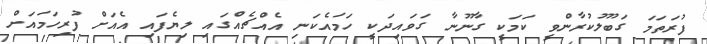
ފުރަތަމަ ގަބޫލުކުރާންވީ ކަމަކީ ގާނޫނާ ގަވައިދަކީ ހަމައެކަނި އެއްޗެއްގައި ލިޔެފައި އެއަށް ފުރިހަމައަށް